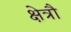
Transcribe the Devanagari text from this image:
क्षेत्रौ